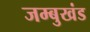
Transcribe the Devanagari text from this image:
जम्बुखंड